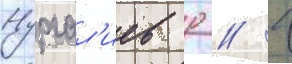
Нургал'иев р // Г